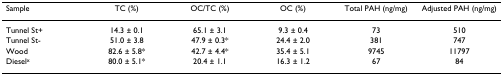
<table><thead><tr><td><b>Sample</b></td><td><b>TC (%)</b></td><td><b>OC/TC (%)</b></td><td><b>OC (%)</b></td><td><b>Total PAH (ng/mg)</b></td><td><b>Adjusted PAH (ng/mg)</b></td></tr></thead><tbody><tr><td>Tunnel St+</td><td>14.3 ± 0.1</td><td>65.1 ± 3.1</td><td>9.3 ± 0.4</td><td>73</td><td>510</td></tr><tr><td>Tunnel St-</td><td>51.0 ± 3.8</td><td>47.9 ± 0.3*</td><td>24.4 ± 2.0</td><td>381</td><td>747</td></tr><tr><td>Wood</td><td>82.6 ± 5.8*</td><td>42.7 ± 4.4*</td><td>35.4 ± 5.1</td><td>9745</td><td>11797</td></tr><tr><td>Diesel<sup>x</sup></td><td>80.0 ± 5.1*</td><td>20.4 ± 1.1</td><td>16.3 ± 1.2</td><td>67</td><td>84</td></tr></tbody></table>